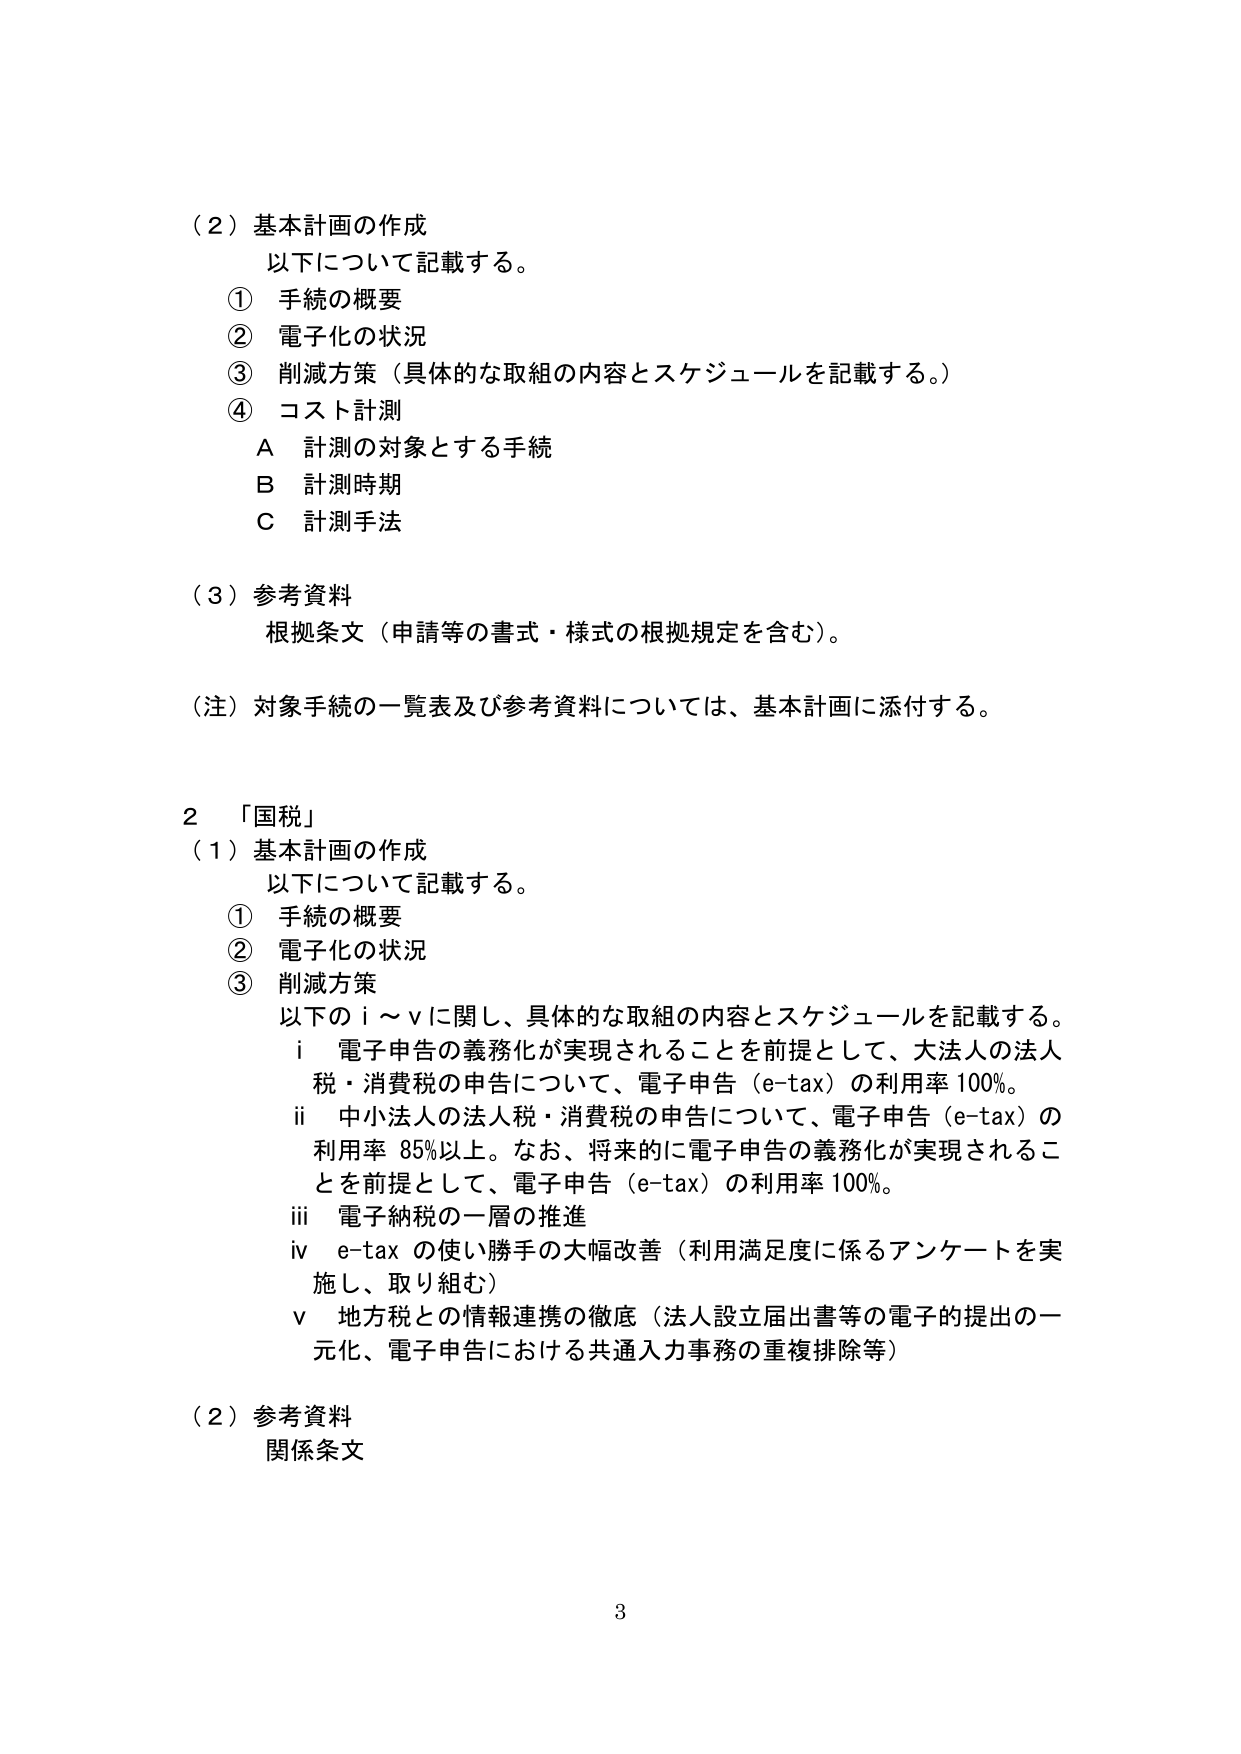
（２）基本計画の作成
以下について記載する。
① 手続の概要
② 電子化の状況
③ 削減方策（具体的な取組の内容とスケジュールを記載する。）
④ コスト計測
　Ａ 計測の対象とする手続
　Ｂ 計測時期
　Ｃ 計測手法

（３）参考資料
　根拠条文（申請等の書式・様式の根拠規定を含む）。

（注）対象手続の一覧表及び参考資料については、基本計画に添付する。

２ 「国税」
（１）基本計画の作成
　以下について記載する。
　① 手続の概要
　② 電子化の状況
　③ 削減方策
　　以下のⅰ～ⅴに関し、具体的な取組の内容とスケジュールを記載する。
　　ⅰ 電子申告の義務化が実現されることを前提として、大法人の法人税・消費税の申告について、電子申告（e-tax）の利用率100%。
　　ⅱ 中小法人の法人税・消費税の申告について、電子申告（e-tax）の利用率85%以上。なお、将来的に電子申告の義務化が実現されることを前提として、電子申告（e-tax）の利用率100%。
　　ⅲ 電子納税の一層の推進
　　ⅳ e-taxの使い勝手の大幅改善（利用満足度に係るアンケートを実施し、取り組む）
　　ⅴ 地方税との情報連携の徹底（法人設立届出書等の電子的提出の一元化、電子申告における共通入力事務の重複排除等）

（２）参考資料
　関係条文

3